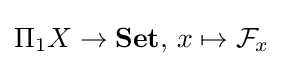
\Pi _{1}X\to \mathbf {Set} ,\,x\mapsto {\mathcal {F}}_{x}